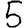
Digit: 5